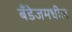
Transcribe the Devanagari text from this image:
बँडेजमधील